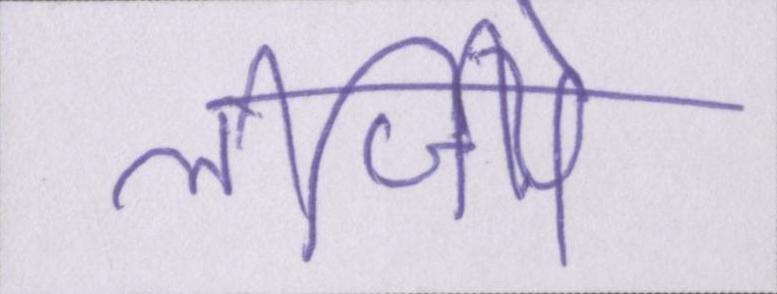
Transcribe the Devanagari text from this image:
लीजिये